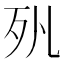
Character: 𣧇